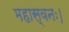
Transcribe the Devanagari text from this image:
महास्वनः।